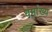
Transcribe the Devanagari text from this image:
धर्माख्यं